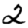
Digit: 2